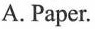
A. Paper.